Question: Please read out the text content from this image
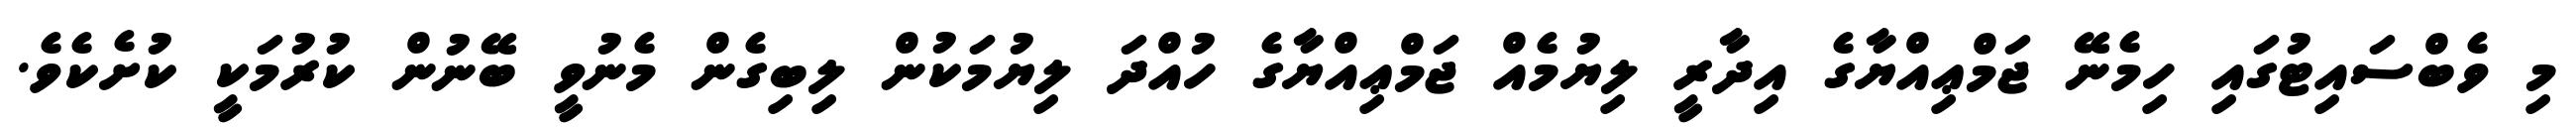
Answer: މި ވެބްސައިޓުގައި ހިމެނޭ ޖަމްޢިއްޔާގެ އިދާރީ ލިޔުމެއް ޖަމްޢިއްޔާގެ ހުއްދަ ލިޔުމަކުން ލިބިގެން މެނުވީ ބޭނުން ކުރުމަކީ ކުށެކެވެ.